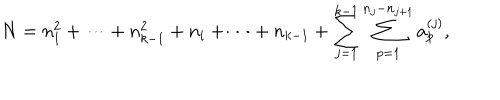
N = n _ { 1 } ^ { 2 } + \cdots + n _ { k - 1 } ^ { 2 } + n _ { i } + \cdots + n _ { k - 1 } + \sum _ { j = 1 } ^ { k - 1 } \sum _ { p = 1 } ^ { n _ { j } - n _ { j + 1 } } a _ { p } ^ { ( j ) } ,